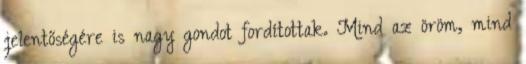
jelentőségére is nagy gondot fordítottak. Mind az öröm, mind